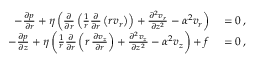
\begin{array} { r l } { - \frac { \partial p } { \partial r } + \eta \left( \frac { \partial } { \partial r } \left( \frac { 1 } { r } \frac { \partial } { \partial r } \left( r v _ { r } \right) \right) + \frac { \partial ^ { 2 } v _ { r } } { \partial z ^ { 2 } } - \alpha ^ { 2 } v _ { r } \right) } & { { } = 0 \, , } \\ { - \frac { \partial p } { \partial z } + \eta \left( \frac { 1 } { r } \frac { \partial } { \partial r } \left( r \, \frac { \partial v _ { z } } { \partial r } \right) + \frac { \partial ^ { 2 } v _ { z } } { \partial z ^ { 2 } } - \alpha ^ { 2 } v _ { z } \right) + f } & { { } = 0 \, , } \end{array}